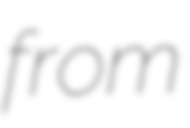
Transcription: from